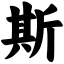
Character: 斯